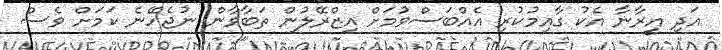
އަދި އީރާނާ އެކު ގާއިމުކުރި އެއްބަސްވުމަށް އިޒްރޭލުން ތަބާވާން ނުޖެހޭނެ ކަމަށް ވެސް